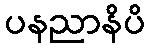
ပနညာနိပိ